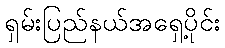
ရှမ်းပြည်နယ်အရှေ့ပိုင်း